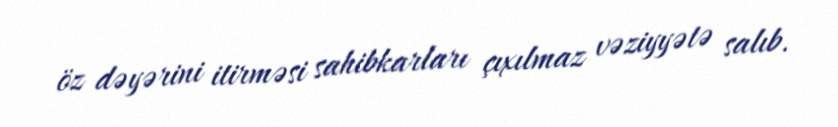
öz dəyərini itirməsi sahibkarları çıxılmaz vəziyyətə salıb.